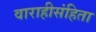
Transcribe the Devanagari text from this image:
वाराहीसंहिता